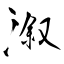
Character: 溆